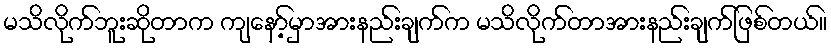
မသိလိုက်ဘူးဆိုတာက ကျနော့်မှာအားနည်းချက်က မသိလိုက်တာအားနည်းချက်ဖြစ်တယ်။